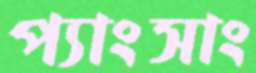
প্যাংসাং